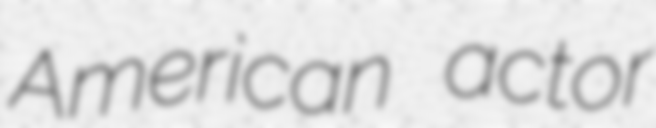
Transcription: American actor